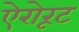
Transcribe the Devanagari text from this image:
ऐरोरूट